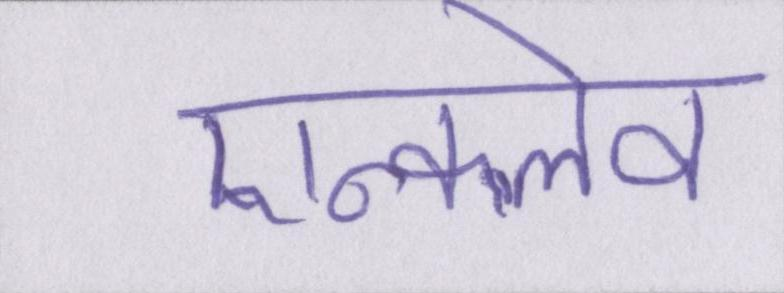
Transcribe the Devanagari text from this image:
एन्क्लेव